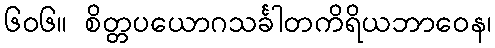
၆၀၆။ စိတ္တပယောဂသင်္ခါတကိရိယဘာဝေန၊